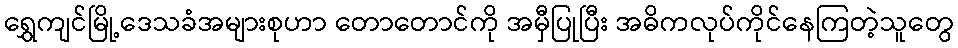
ရွှေကျင်မြို့ဒေသခံအများစုဟာ တောတောင်ကို အမှီပြုပြီး အဓိကလုပ်ကိုင်နေကြတဲ့သူတွေ